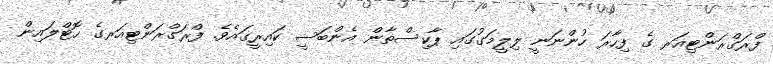
ފްރަގްރަންޓިއަރ ގެ ފިހާރަ ހުންނަނީ ލިލީމަގުގައި ޕާކިސްތާން އެންބަސީ ކައިރީގައެވެ. ފްރަގްރަންޓިއަރގެ ހޮޓްލައިން